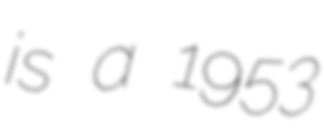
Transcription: is a 1953